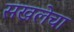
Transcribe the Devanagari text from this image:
सखलेचा